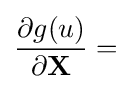
{\frac {\partial g(u)}{\partial \mathbf {X} }}=